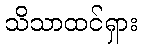
သိသာထင်ရှား